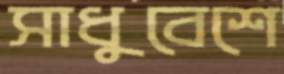
সাধুবেশে